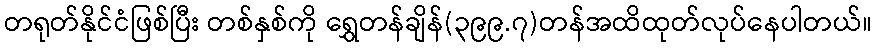
တရုတ်နိုင်ငံဖြစ်ပြီး တစ်နှစ်ကို ရွှေတန်ချိန်(၃၉၉.၇)တန်အထိထုတ်လုပ်နေပါတယ်။